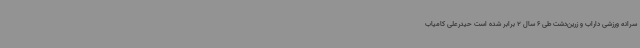
سرانه ورزشی داراب و زرین‌دشت طی 6 سال 2 برابر شده است حیدرعلی کامیاب